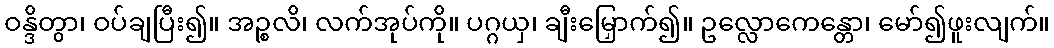
ဝန္ဒိတွာ၊ ဝပ်ချပြီး၍။ အဉ္စလိ၊ လက်အုပ်ကို။ ပဂ္ဂယှ၊ ချီးမြှောက်၍။ ဥလ္လောကေန္တော၊ မော်၍ဖူးလျက်။